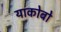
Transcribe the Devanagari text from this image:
याकोबो